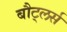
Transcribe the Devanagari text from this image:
बौट्लर्स